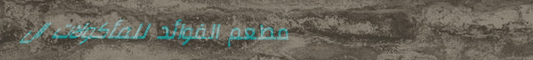
مطعم الفوائد للمأكولات ال